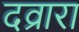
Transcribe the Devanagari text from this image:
दव्रारा